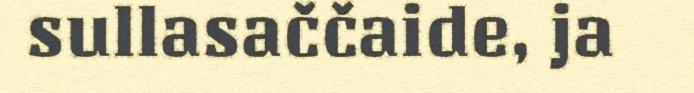
sullasaččaide, ja